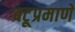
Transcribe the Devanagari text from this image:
बटूप्रमाणे